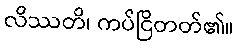
လိဿတိ၊ ကပ်ငြိတတ်၏။